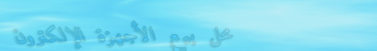
محل بيع الأجهزة الإلكترون